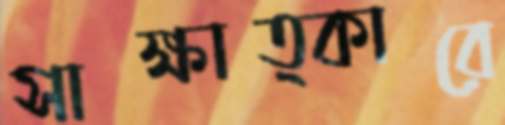
সাক্ষাত্কারে